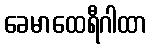
ခေမာထေရီဂါထာ